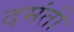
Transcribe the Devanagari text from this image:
दमंती